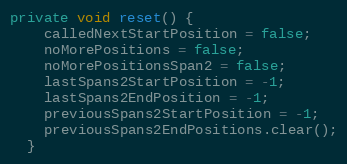
Language: Java
private void reset() {
    calledNextStartPosition = false;
    noMorePositions = false;
    noMorePositionsSpan2 = false;
    lastSpans2StartPosition = -1;
    lastSpans2EndPosition = -1;
    previousSpans2StartPosition = -1;
    previousSpans2EndPositions.clear();
  }